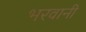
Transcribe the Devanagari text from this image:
भरवानी